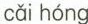
cǎi hóng